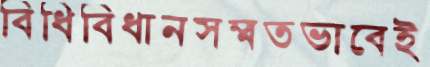
বিধিবিধানসম্মতভাবেই